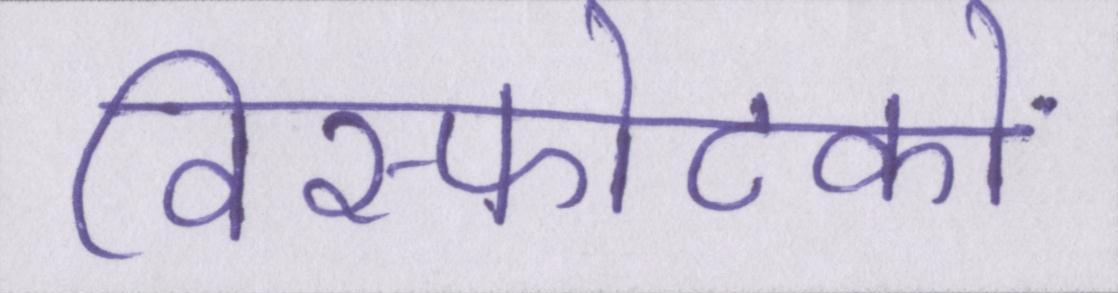
विस्फोटकों